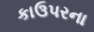
કાઉપરના